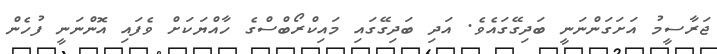
ޖަރާސީމު އަށަގަންނަނީ ބަދިގޭގައެވެ. އަދި ބަދިގޭގައި މައިކްރޯބްސްގެ ހާއްޔަކަށް ވެފައި އޮންނަނީ ފުހެން